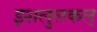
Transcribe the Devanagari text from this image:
इशलुलकल्